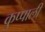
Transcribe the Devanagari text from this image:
कुप्पाली